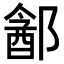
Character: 𬪓